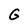
Character: G